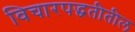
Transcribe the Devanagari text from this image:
विचारपद्धतीतील